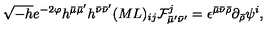
\sqrt { - h } e ^ { - 2 \varphi } h ^ { \bar { \mu } \bar { \mu } ^ { \prime } } h ^ { \bar { \nu } \bar { \nu } ^ { \prime } } ( M L ) _ { i j } { \cal F } _ { \bar { \mu } ^ { \prime } \bar { \nu } ^ { \prime } } ^ { j } = \epsilon ^ { \bar { \mu } \bar { \nu } \bar { \rho } } \partial _ { \bar { \rho } } \psi ^ { i } ,